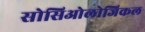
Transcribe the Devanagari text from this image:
सोसिओलोजिकल